Calcutta medical institutions reports 1879-81 [i.e.91]
Year: 1879
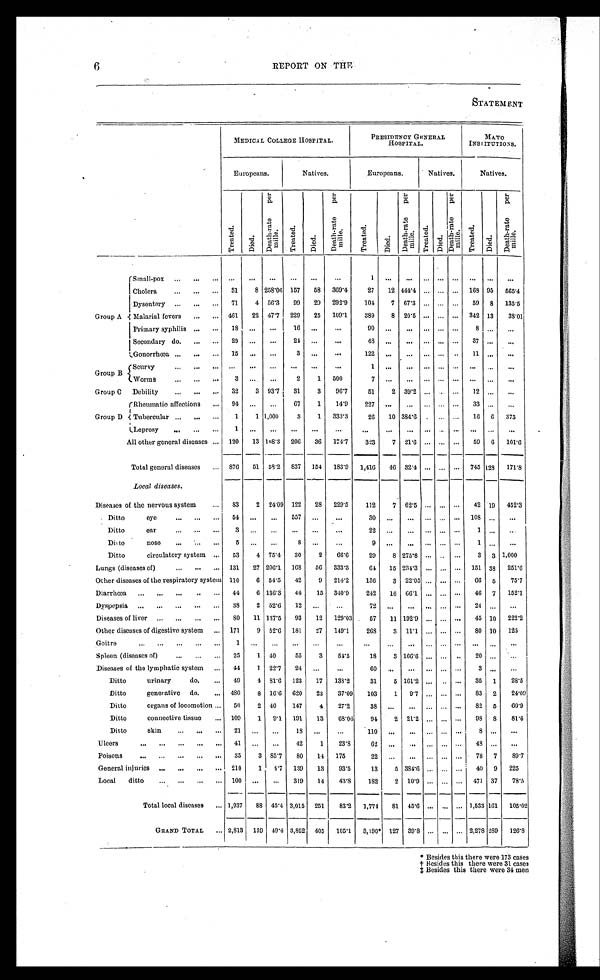
6
REPORT ON THE
STATEMENT
MEDICAL COLLEGE HOSPITAL.
PRESIDENCY GENERAL
H O S P I T A L .
M A Y O
INSTITUTIONS.
Europeans.
Natives.
Europeans.
Natives.
Natives.
T r e a t e d .
D i e d .
D e a t h - r a t e p e r m i l l e .
T r e a t e d .
D i e d .
D e a t h - r a t e p e r m i l l e .
T r e a t e d .
D i e d .
D e a t h - r a t e p e r m i l l e .
T r e a t e d .
D i e d .
D e a t h - r a t e p e r m i l l e .
T r e a t e d .
D i e d .
D e a t h - r a t e p e r m i l l e .
Group A
Small-pox
. . .
. . .
. . .
. . .
. . .
. . .
. . .
1
. . .
. . .
. . .
. . . . . .
. . .
. . .
. . .
Cholera
. . .
31
8 258.06 157
58
369.4
27
12 444.4 . . .
. . . . . .
168 95
565.4
Dysentery
. . .
71
4 56.3
99
29
292.9
104
7
67.3 . . .
. . . . . .
59
8
135.5
Malarial fevers . . .
461
22 47.7
229
25
109.1
389
8
20.5 . . .
. . . . . .
342 13
38.010
Primary syphilis
. . .
18
. . .
. . . 16
. . .
. . .
90
. . .
. . .
. . .
. . . . . .
8
. . .
. . .
Secondary do.
. . .
29
. . .
. . .
24
. . .
. . .
4 8 . . .
. . . . . .
. . .. . .
3 7
. . . . . .
Gonorrhœa . . .
15
. . .
. . .
3
. . .
. . .
1 2 2 . . .
. . . . . .
. . .. . .
1 1
. . . . . .
Group B
Scurvy
. . .
. . .
. . .
. . .
. . .
. . .
. . .
1 . . .
. . . . . .
. . .. . .
. . .
. . .
. . .
Worms
. . .
3 . . .
. . .
2
1
500
7
. . .
. . . . . .
. . . . . .
. . .
. . .
. . .
Group C
Debility
. . .
32
3 93.7
31
3
96.7
51
2
39.2 . . .
. . . . . .
12
. . .
. . .
Group D
Rheumatic affections
. . .
94
. . .
. . .
67
1 14.9
2 2 7
. . .
. . . . . .
. . .
. . .
3 3
. . . . . .
Tubercular . . .
1
1 1,000
3
1
333.3
26
10 384.6 . . .
. . .
. . .
1 6
6
375
Leprosy
. . .
1
. . .
. . .
. . .
. . .
. . .
. . .
. . .
. . .
. . .
. . .
. . .
. . .
. . .
. . .
All other general diseases
. . . 120
13 108.3
206
36
174.7
323
7
21.6 . . .
. . .
. . .
59
6
101.6
Total general diseases
. . . 876
51
58.2
837
154
183.9
1,416
4 6
32.4
. . .
. . .
. . .
745
1 2 3
171.8
Local diseases.
Diseases of the nervous system
. . . 83
2
24.09 122
28
229.5
112
7
62.5 . . .
. . .
. . .
42 19
452.3
Ditto
eye . . .
5 4 . . .
. . .
5 5 7
. . .
. . .
3 0
. . .
. . .. . .
. . .
. . .
1 0 8
. . . . . .
Ditto
ear. . .
3
. . .
. . .
. . .
. . .
. . .
2 2
. . .
. . .. . .
. . .
. . .
1
. . . . . .
Ditto nose . . .
5
. . .
. . .
8
. . .
. . . 9
. . .. . .
. . .
. . .. . .
1
. . . . . .
Ditto circulatory system
. . .
53
4 75.4
30
2
66.6
29
8 275.8 . . . . . .
. . .
3
3 1,000
Lungs (diseases of) . . . 131
27 206.1
168
56
333.3
64
15 234.3
. . . . . .
. . .
151 38
251.6
Other diseases of the respiratory system 110
6
54.5
42
9
214.2
136
3
22.05 . . . . . .
. . .
66
5
75.7
Diarrhœa . . .
44
6 136.3
44
15
340.9
242
16
66.1
. . . . . .
. . .
46
7
152.1
Dyspepsia
. . .
38
2
52.6
12
. . .
. . .
7 2
. . .
. . .
. . . . . .
. . .
2 4
. . . . . .
Diseases of liver
. . .
80
11 137.5
93
12
129.03
57
1 1 192.9
. . . . . .
. . .
45 10
222.2
Other diseases of digestive system
. . . 171
9
52.6
181
27
149.1
268
3
11.1
. . . . . .
. . .
80 10
125
Goitre
. . .
1
. . .
. . .
. . .
. . .
. . .
. . .
. . .
. . .
. . . . . .
. . .
. . .
. . .
. . .
Spleen (diseases of)
. . .
25
1 40
55
3
54.5
18
3 166.6
. . . . . .
. . .
20
. . .
. . .
Diseases of the lymphatic system
. . .
44
1
22.7
24
. . .
. . .
6 0
. . .
. . .
. . . . . .
. . .
3
. . . . . .
Ditto urinary do. . . .
49
4
91.6
123
17
138.2
31
5 161.2
. . .
. . .
. . .
35
1
28.5
Ditto generative do.
. . . 480
8 16.6
620
23
37.09
103
1
9.7
. . . . . .
. . .
83
2
24.09
Ditto organs of locomotion . . .
50
2 40
147
4
27.2
38
. . .
. . .
. . . . . .
. . .
8 2
5
60.9
Ditto connective tissue
. . . 109
1
9.1
191
13
68.06
94
2 21.2
. . . . . .
. . .
9 8
8
81.6
Ditto skin
. . .
21
. . .
. . .
18
. . .
. . .
1 1 0
. . .
. . .
. . . . . .
. . .
. . .
. . . . . .
Ulcers
. . .
41
. . .
. . .
42
1
23.8
62
. . .
. . .
. . .
. . .
. . .
48
. . .
. . .
Poisons
. . .
35
3 85.7
80
14
175
22
. . .
. . .
. . .
. . .
. . .
78
7
89.7
General injuries
. . . 210
1
4.7
139
13
93.5
13
5 384.6
. . . . . .
. . .
40
9
225
Local ditto
. . . 100
. . .
. . .
319
14
43.8
182
2
10.9
. . . . . .
. . .
471 37
78.5
Total local diseases
. . . 1,937
88 45.4 3,015
251
83.2
1,774
81
4 5 . 6
. . .
. . .
. . . 1,533 161
105.02
GRAND TOTAL . . . 2,813
139 49.4 3,852
405
105.1
3,190* 127 39.8
. . . . . .
. . . 2,278 289
126.8
* Besides this there were 173 cases
‡Besides this there were 34 men